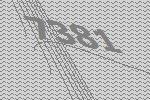
7381